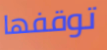
توقفها